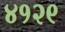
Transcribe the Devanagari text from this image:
४१२९